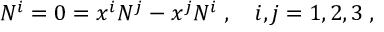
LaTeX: N ^ { i } = 0 = x ^ { i } N ^ { j } - x ^ { j } N ^ { i } \; , \quad i , j = 1 , 2 , 3 \; ,